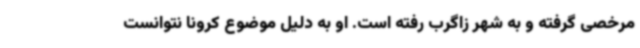
مرخصی گرفته و به شهر زاگرب رفته‌ است. او به دلیل موضوع کرونا نتوانست